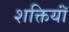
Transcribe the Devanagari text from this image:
शक्तियॉं